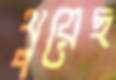
থুয়েছ